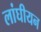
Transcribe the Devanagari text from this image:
लांघीयन